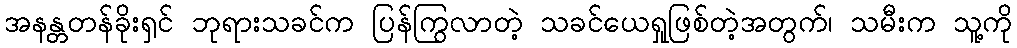
အနန္တတန်ခိုးရှင် ဘုရားသခင်က ပြန်ကြွလာတဲ့ သခင်ယေရှုဖြစ်တဲ့အတွက်၊ သမီးက သူ့ကို